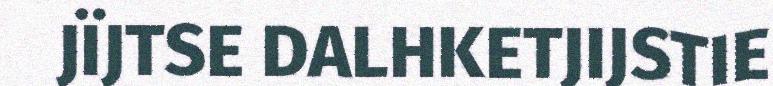
JÏJTSE DALHKETJIJSTIE